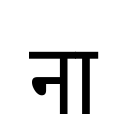
OCR:
ना